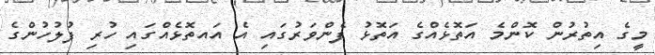
މީގެ އިތުރުން ކޮންމެ އަތޮޅެއްގެ އަތޮޅު ފެންވަރުގައި އެ އައތޮޅެއްގައި ހުރި ފުލުހުންގެ